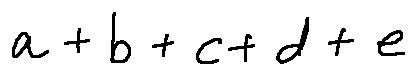
a + b + c + d + e